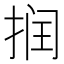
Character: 𰓷